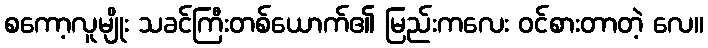
စကော့လူမျိုး သခင်ကြီးတစ်ယောက်၏ မြည်းကလေး ဝင်စားတာတဲ့ လေ။